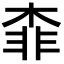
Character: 𣔉